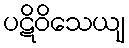
ပဋိဝိသေယျ